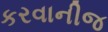
કરવાનીજ